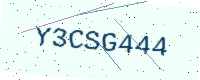
Text: Y3CSG444